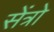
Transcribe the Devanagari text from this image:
सेंत्रो